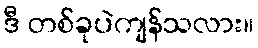
ဒီ တစ်ခုပဲကျန်သလား။